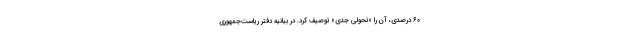
۶۰ درصدی، آن را «تحولی جدی» توصیف کرد. در بیانیه دفتر ریاست‌جمهوری